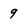
Character: 9